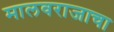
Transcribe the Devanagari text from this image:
मालवराजाचा